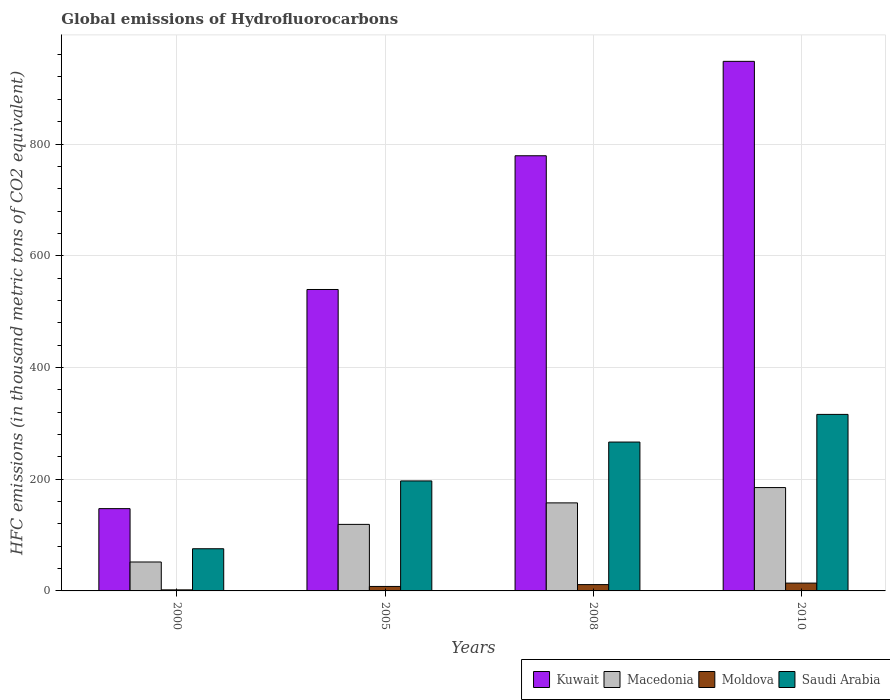
| Years | Kuwait | Macedonia | Moldova | Saudi Arabia |
 | --- | --- | --- | --- | --- |
 | 2000 | 147 | 51.8 | 1.9 | 75.5 |
 | 2005 | 540 | 119 | 8 | 197 |
 | 2008 | 779 | 158 | 11.3 | 266 |
 | 2010 | 948 | 185 | 14 | 316 |